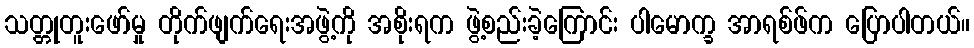
သတ္တုတူးဖော်မှု တိုက်ဖျက်ရေးအဖွဲ့ကို အစိုးရက ဖွဲ့စည်းခဲ့ကြောင်း ပါမောက္ခ အာရစ်ဖ်က ပြောပါတယ်။